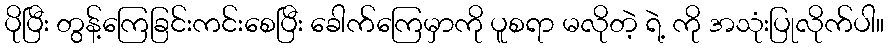
ပိုပြီး တွန့်ကြေခြင်းကင်းစေပြီး ခေါက်ကြေမှာကို ပူစရာ မလိုတဲ့ ရဲ့ ကို အသုံးပြုလိုက်ပါ။